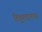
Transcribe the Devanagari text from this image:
हिंदुस्तानभर